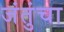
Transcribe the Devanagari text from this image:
जंतुंचा